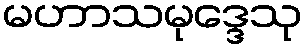
မဟာသမုဒ္ဒေသု